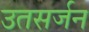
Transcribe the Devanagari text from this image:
उतसर्जन